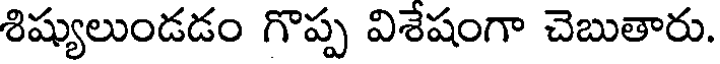
శిష్యులుండడం గొప్ప విశేషంగా చెబుతారు.